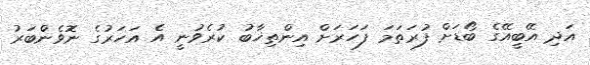
އަދި އޭބީއޭގެ ބޯޑަށް ފުރަތަމަ ފަހަރަށް އިންތިޚާބު ކުރެވުނީ އެ އަހަރުގެ ނޮވެންބަރު